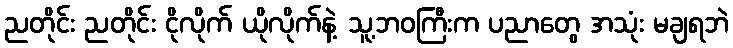
ညတိုင်း ညတိုင်း ငိုလိုက် ယိုလိုက်နဲ့ သူ့ဘဝကြီးက ပညာတွေ အသုံး မချရဘဲ